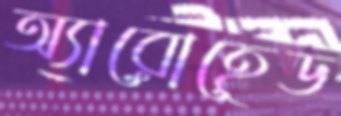
অ্যারোহেড